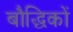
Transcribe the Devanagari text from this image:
बौद्धिकों